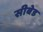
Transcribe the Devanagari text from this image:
सीबेड